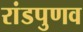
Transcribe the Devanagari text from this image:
रांडपुणव